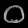
Digit: ၀